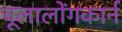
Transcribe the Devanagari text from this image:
चूलालोंगकार्न